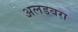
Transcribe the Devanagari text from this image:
अलडबरा